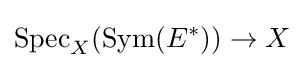
\operatorname {Spec} _{X}(\operatorname {Sym} (E^{*}))\to X